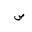
Letter: _sad